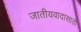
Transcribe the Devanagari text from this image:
जातीयवादासाठी